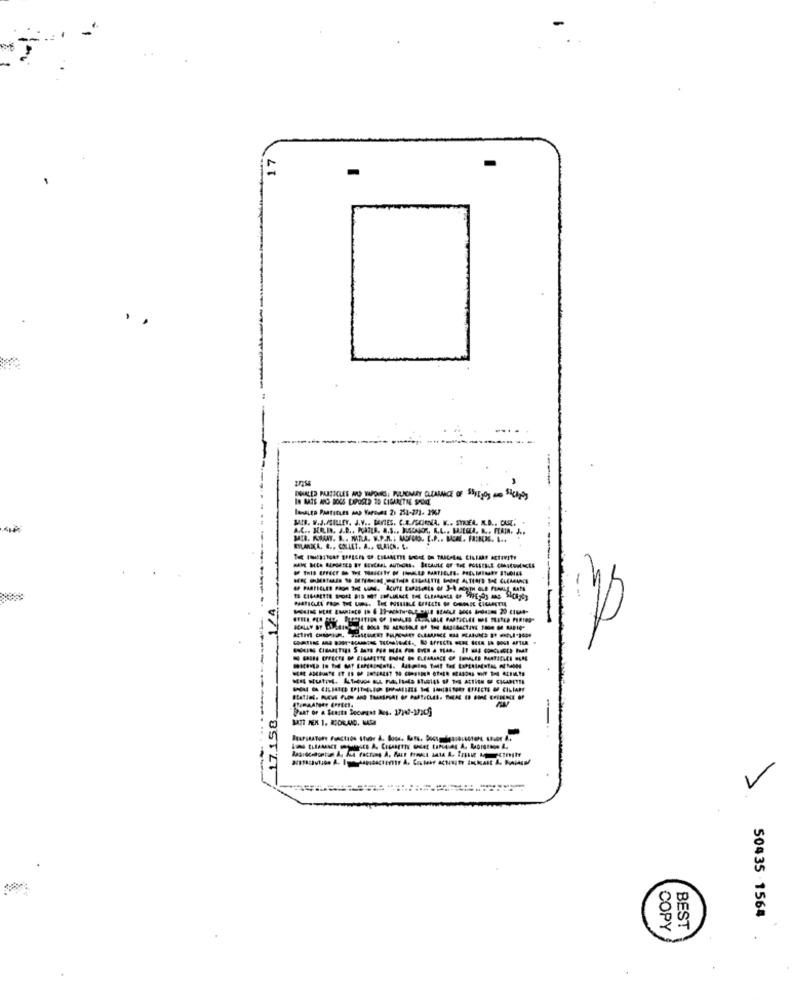
17
-
. .
ISURLES PARTICLES NO VAPOURS; PILENINY DICAMACE OF HIS,Og no Steps
lasauto Paatscues A Vores 2) 254-271. 2967
JAIR. W.J.MILLEY. J.V .. MARIES. C.A./SCIREA. W .. STUEA. R.D ., CAS.
ELANIL. R ., COLLET. A .. ELRICN. L.
-
HAT PINOP PHIS 1 1;INY EFFECTS OF CILIARY
17.158_
7
50435 .1564
COPY
BEST